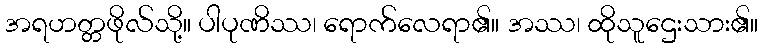
အရဟတ္တဖိုလ်သို့။ ပါပုဏိဿ၊ ရောက်လေရာ၏။ အဿ၊ ထိုသူဌေးသား၏။